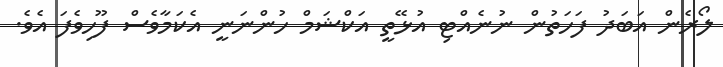
ލޯރެން އަބަދު ފަހަތުން ނުނެއްޓި އުޅޭތީ އަކްޝަމް ހުންނަނީ އެކަމާވެސް ފޫހިވެފަ އެވެ.